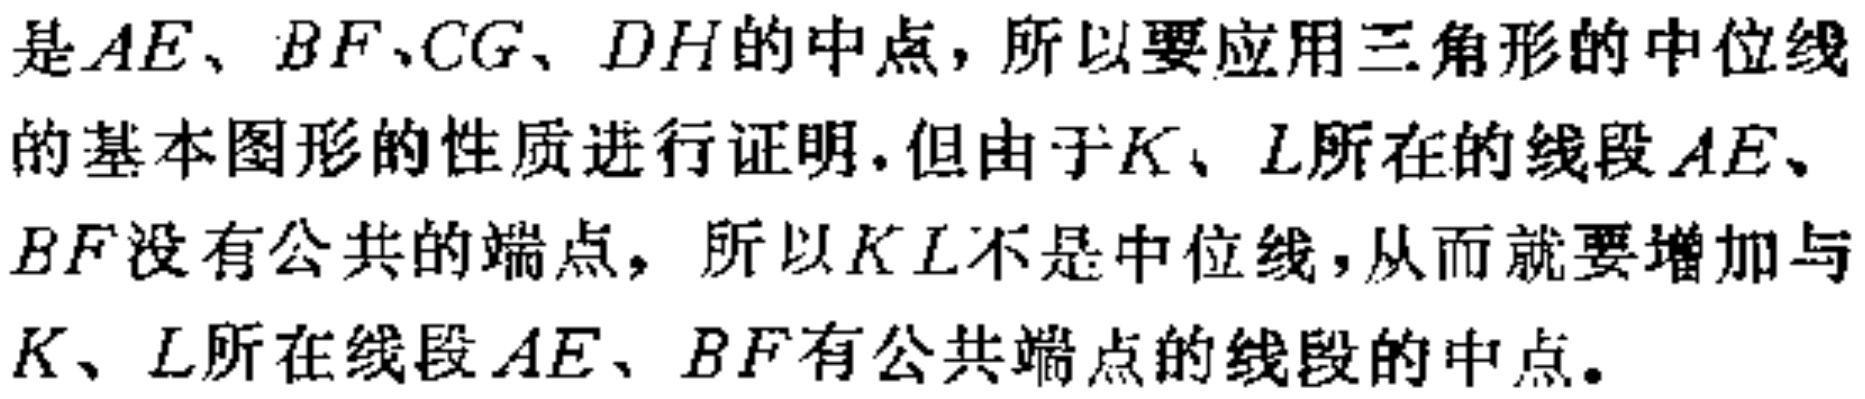
是\(AE\)、\(BF\)、\(CG\)、\(DH\)的中点，所以要应用三角形的中位线的基本图形的性质进行证明，但由于\(K\)、\(L\)所在的线段\(AE\)、\(BF\)没有公共的端点，所以\(KL\)不是中位线，从而就要增加与\(K\)、\(L\)所在线段\(AE\)、\(BF\)有公共端点的线段的中点。